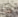
هذا